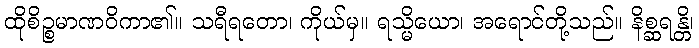
ထိုစိဉ္စမာဏဝိကာ၏။ သရီရတော၊ ကိုယ်မှ။ ရသ္မိယော၊ အရောင်တို့သည်။ နိစ္ဆရန္တိ၊